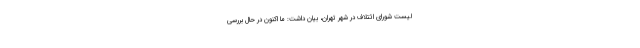
لیست شورای ائتلاف در شهر تهران، بیان داشت: ما اکنون در حال بررسی